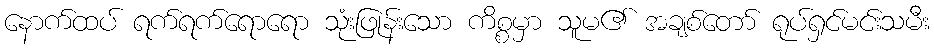
နောက်ထပ် ရက်ရက်ရောရော သုံးဖြုန်းသော ကိစ္စမှာ သူမ၏ အချစ်တော် ရုပ်ရှင်မင်းသမီး